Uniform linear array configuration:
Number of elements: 24
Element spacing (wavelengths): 0.25
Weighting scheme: cosine
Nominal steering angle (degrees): -45
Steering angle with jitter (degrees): -43.999
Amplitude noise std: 0.05
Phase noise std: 0.05

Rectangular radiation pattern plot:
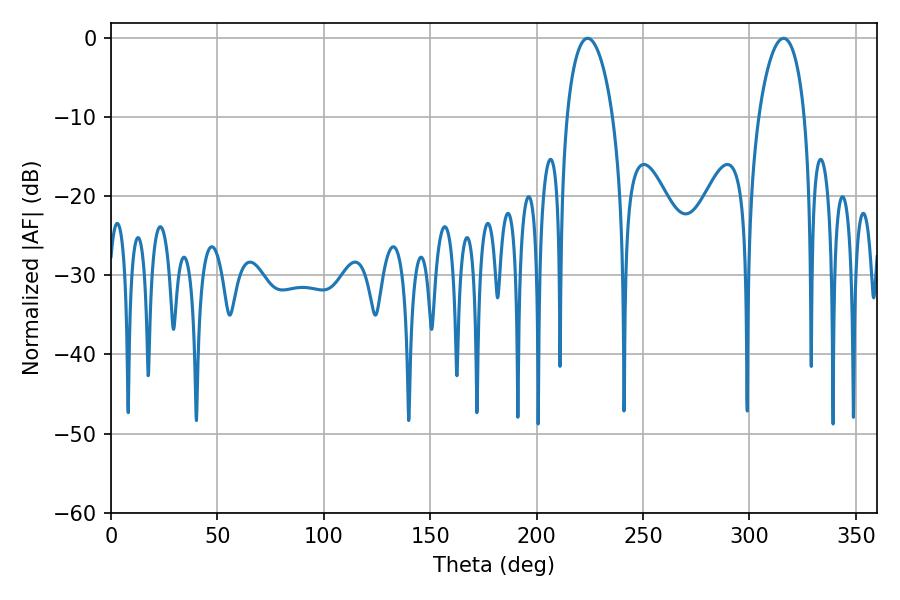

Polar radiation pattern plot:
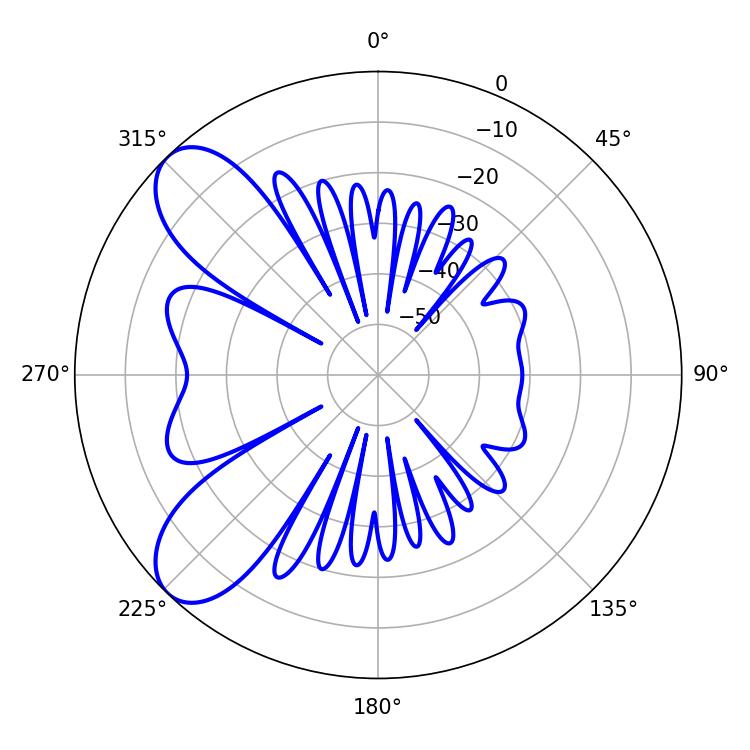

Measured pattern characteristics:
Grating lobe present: FALSE
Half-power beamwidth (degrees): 12.24
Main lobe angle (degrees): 223.92